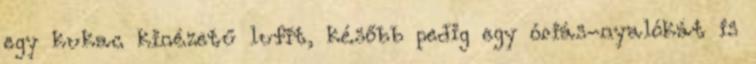
egy kukac kinézetű lufit, később pedig egy óriás-nyalókát is